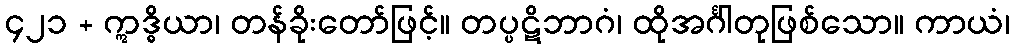
၄၂၁ + ဣဒ္ဓိယာ၊ တန်ခိုးတော်ဖြင့်။ တပ္ပဋိဘာဂံ၊ ထိုအင်္ဂါတုဖြစ်သော။ ကာယံ၊